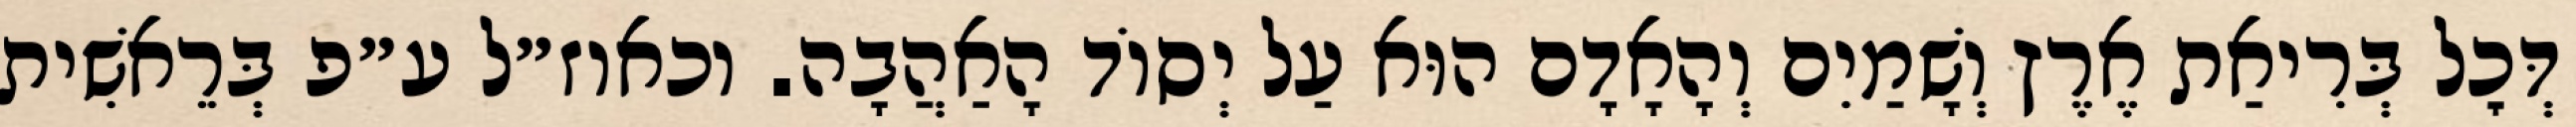
דְּכׇל בְּרִיאַת אֶרֶץ וְשָׁמַיִם וְהָאָדָם הוּא עַל יְסוֹד הָאַהֲבָה. וכאוז״ל ע״פ בְּרֵאשִׁית